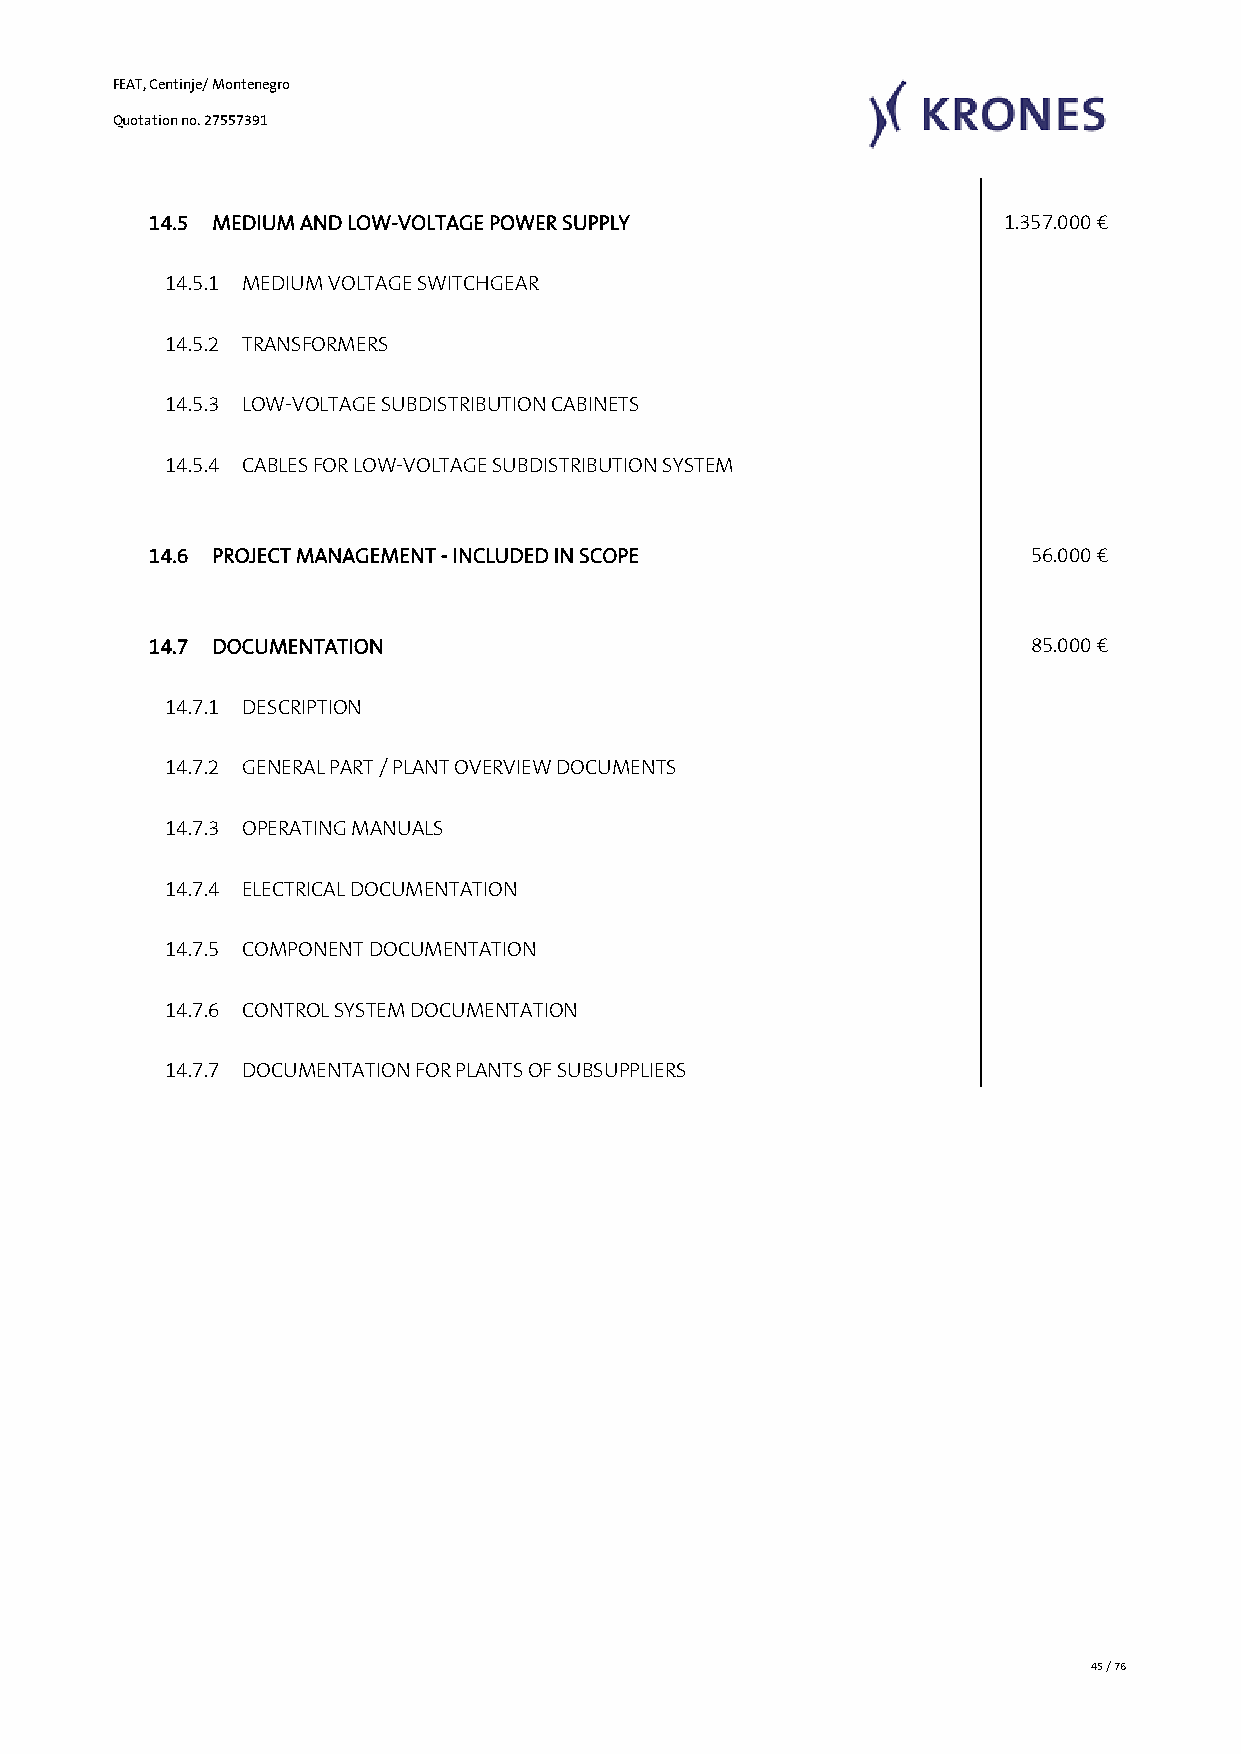
FEAT, Centinje/ Montenegro
 Quotation no. 27557391
 14.5 MEDIUM AND LOW-VOLTAGE POWER SUPPLY                 1.357.000 €
 14.5.1 MEDIUM VOLTAGE SWITCHGEAR
 14.5.2 TRANSFORMERS
 14.5.3 LOW-VOLTAGE SUBDISTRIBUTION CABINETS
 14.5.4 CABLES FOR LOW-VOLTAGE SUBDISTRIBUTION SYSTEM
 14.6 PROJECT MANAGEMENT - INCLUDED IN SCOPE                56.000 €
 14.7 DOCUMENTATION                                         85.000 €
 14.7.1 DESCRIPTION
 14.7.2 GENERAL PART / PLANT OVERVIEW DOCUMENTS
 14.7.3 OPERATING MANUALS
 14.7.4 ELECTRICAL DOCUMENTATION
 14.7.5 COMPONENT DOCUMENTATION
 14.7.6 CONTROL SYSTEM DOCUMENTATION
 14.7.7 DOCUMENTATION FOR PLANTS OF SUBSUPPLIERS
 45 / 76